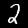
Label: 2